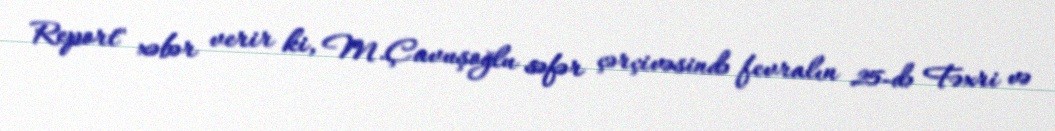
Report" xəbər verir ki, M.Çavuşoğlu səfər çərçivəsində fevralın 25-də Fəxri və